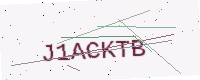
Text: J1ACKTB